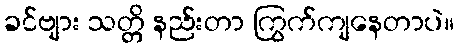
ခင်ဗျား သတ္တိ နည်းတာ ကြွက်ကျနေတာပဲ။